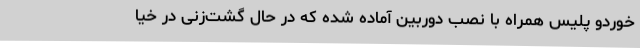
خوردو پلیس همراه با نصب دوربین آماده شده که در حال گشت‌زنی در خیا